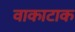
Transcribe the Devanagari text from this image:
वाकाटाक